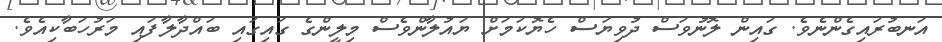
އަނބުރައިގެންނެވެ. ގައިން ލޮނުވަސް ދުވިޔަސް ހެޔޮކަމަށް ޔައުލާންވެސް މިލީންގެ ގައިގައި ބައްދާލާފައި މަރުހަބާކިއެވެ.